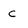
Character: c